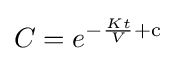
C=e^{-{\frac {Kt}{V}}+\mathrm {c} }